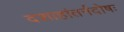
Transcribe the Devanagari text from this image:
दशाहांतर्नदोषः